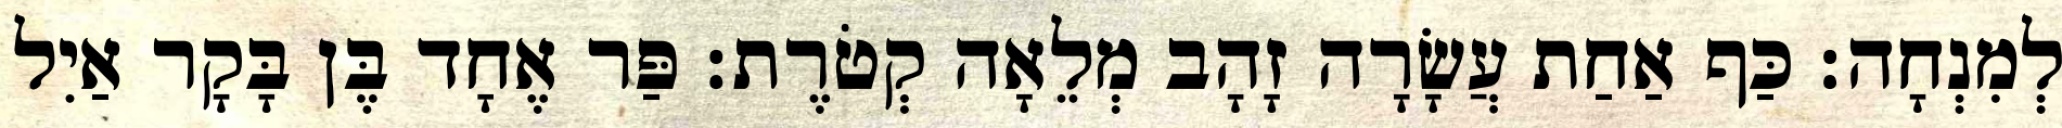
לְמִנְחָה׃ כַּף אַחַת עֲשָׂרָה זָהָב מְלֵאָה קְטֹרֶת׃ פַּר אֶחָד בֶּן בָּקָר אַיִל